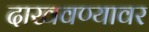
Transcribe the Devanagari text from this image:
दाखवण्यावर